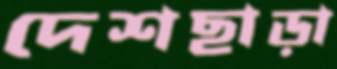
দেশছাড়া